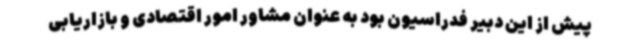
پیش از این دبیر فدراسیون بود به عنوان مشاور امور اقتصادی و بازاریابی